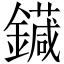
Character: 䥠